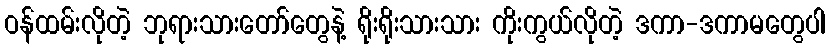
ဝန်ထမ်းလိုတဲ့ ဘုရားသားတော်တွေနဲ့ ရိုးရိုးသားသား ကိုးကွယ်လိုတဲ့ ဒကာ-ဒကာမတွေပါ